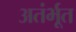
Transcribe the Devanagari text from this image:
अतंर्भूत